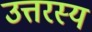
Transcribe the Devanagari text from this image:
उत्तरस्य